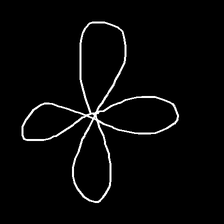
Glyph: billowing